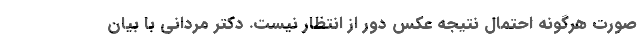
صورت هرگونه احتمال نتیجه عکس دور از انتظار نیست. دکتر مردانی با بیان